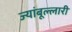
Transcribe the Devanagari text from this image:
ज्यांबूल्लारी